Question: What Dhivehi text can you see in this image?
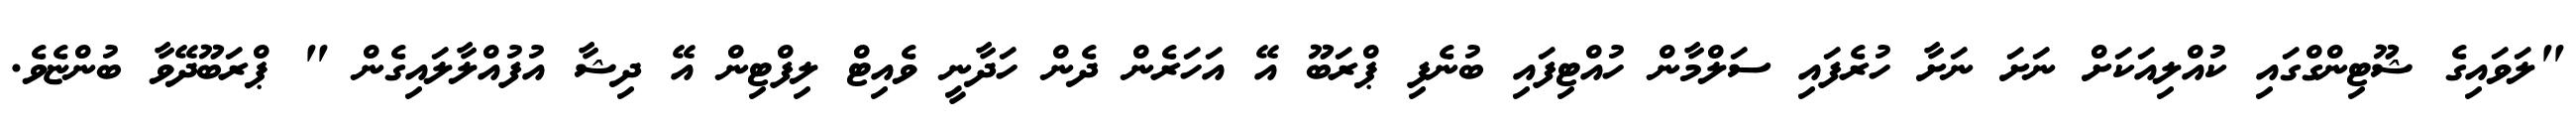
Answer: "ލަވައިގެ ޝޫޓިންގްގައި ކުއްލިއަކަށް ނަށަ ނަށާ ހުރެފައި ސަލްމާން ހުއްޓިފައި ބުނެފި ޕްރަބޫ އޭ އަހަރެން ދެން ހަދާނީ ވެއިޓް ލިފްޓިން އޭ ދިޝާ އުފުއްލާލައިގެން " ޕްރަބޫދޭވާ ބުންޏެވެ.